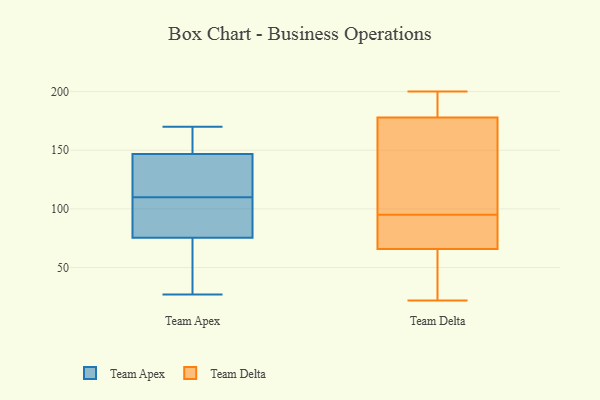
{"axis": {"x": "Customer Acquisition Cost (USD)", "y": "Value"}, "legend": ["Team Apex", "Team Delta"], "data": [{"x": "", "y": 134, "type": "Team Apex"}, {"x": "", "y": 153, "type": "Team Apex"}, {"x": "", "y": 110, "type": "Team Apex"}, {"x": "", "y": 73, "type": "Team Apex"}, {"x": "", "y": 86, "type": "Team Apex"}, {"x": "", "y": 114, "type": "Team Apex"}, {"x": "", "y": 170, "type": "Team Apex"}, {"x": "", "y": 166, "type": "Team Apex"}, {"x": "", "y": 83, "type": "Team Apex"}, {"x": "", "y": 147, "type": "Team Apex"}, {"x": "", "y": 74, "type": "Team Apex"}, {"x": "", "y": 146, "type": "Team Apex"}, {"x": "", "y": 27, "type": "Team Apex"}, {"x": "", "y": 77, "type": "Team Apex"}, {"x": "", "y": 75, "type": "Team Apex"}, {"x": "", "y": 144, "type": "Team Delta"}, {"x": "", "y": 68, "type": "Team Delta"}, {"x": "", "y": 184, "type": "Team Delta"}, {"x": "", "y": 192, "type": "Team Delta"}, {"x": "", "y": 33, "type": "Team Delta"}, {"x": "", "y": 22, "type": "Team Delta"}, {"x": "", "y": 160, "type": "Team Delta"}, {"x": "", "y": 95, "type": "Team Delta"}, {"x": "", "y": 76, "type": "Team Delta"}, {"x": "", "y": 65, "type": "Team Delta"}, {"x": "", "y": 200, "type": "Team Delta"}]}